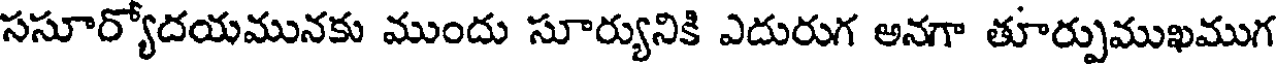
ససూర్యోదయమునకు ముందు సూర్యునికి ఎదురుగ అనగా తూర్పుముఖముగ